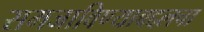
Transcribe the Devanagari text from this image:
समजाविण्याबद्दलचा